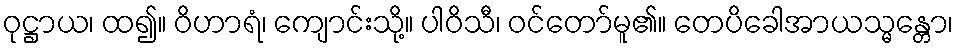
ဝုဋ္ဌာယ၊ ထ၍။ ဝိဟာရံ၊ ကျောင်းသို့။ ပါဝိသီ၊ ဝင်တော်မူ၏။ တေပိခေါအာယသ္မန္တော၊